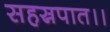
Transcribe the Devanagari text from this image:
सहस्रपात।।